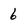
Character: 6